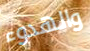
والهدوء